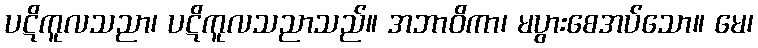
ပဋိကူလသညာ၊ ပဋိကူလသညာသည်။ အဘာဝိကာ၊ မပွားစေအပ်သော။ မေ၊